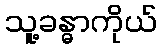
သူ့ခန္ဓာကိုယ်